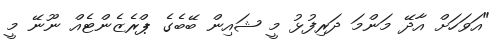
"އަވަހަށް އާދޭ މަންމަ ދަރިފުޅު މީ ޝައިން ބޭބެގެ ޕްރެޒެންޓެއް ނޫނޭ މީ